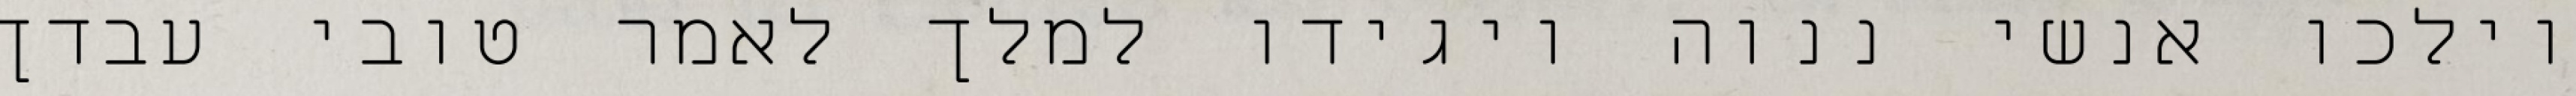
וילכו אנשי ננוה ויגידו למלך לאמר טובי עבדך